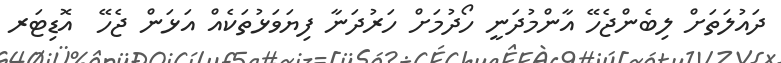
ދައުލަތަށް ލިބެންޖެހޭ އާންމުދަނީ ހޯދުމަށް ހަރުދަނާ ފިޔަވަޅުތަކެއް އަޅަން ޖެހޭ  އޮޑިޓަރ